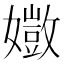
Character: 𫲈